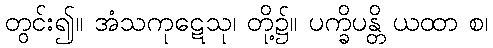
တွင်း၍။ အံသကုဋေသု၊ တို့၌။ ပက္ခိပန္တိ ယထာ စ၊